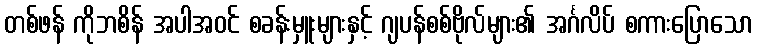
တစ်ဖန် ကိုဘစိန် အပါအဝင် စခန်းမှူးများနှင့် ဂျပန်စစ်ဗိုလ်များ၏ အင်္ဂလိပ် စကားပြောသော